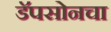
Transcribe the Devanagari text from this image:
डॅपसोनचा